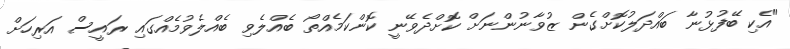
"އެކި ބޭފުޅުނާ ބައްދަލުކޮށްގެން ޒުވާނުންނަށް ކޮށްދެވޭނީ ކޮންކަމެއްތޯ ބެއްލެވި ބެއްލެވުމެއްގައި ރައީސް އަރިހަށް